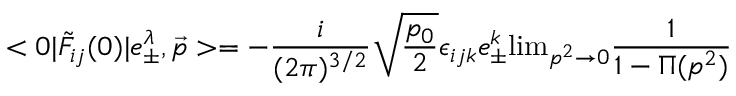
< 0 | \tilde { F } _ { i j } ( 0 ) | e _ { \pm } ^ { \lambda } , { \vec { p } } > = - { \frac { i } { ( 2 \pi ) ^ { 3 / 2 } } } \sqrt { \frac { p _ { 0 } } { 2 } } \epsilon _ { i j k } e _ { \pm } ^ { k } \mathrm { l i m } _ { p ^ { 2 } \rightarrow 0 } { \frac { 1 } { 1 - \Pi ( p ^ { 2 } ) } }